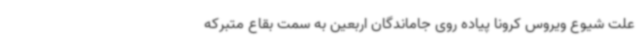
علت شیوع ویروس کرونا پیاده روی جاماندگان اربعین به سمت بقاع متبرکه